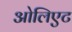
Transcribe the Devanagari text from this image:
ओलिएट